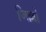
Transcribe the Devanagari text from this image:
जिल्लों